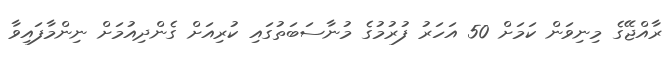
ރާއްޖޭގެ މިނިވަން ކަމަށް 50 އަހަރު ފުރުމުގެ މުނާސަބަތުގައި ކުރިއަށް ގެންދިއުމަށް ނިންމާފައިވާ